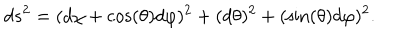
d s ^ { 2 } = ( d \chi + \cos ( \theta ) d \varphi ) ^ { 2 } + ( d \theta ) ^ { 2 } + ( \sin ( \theta ) d \varphi ) ^ { 2 } .